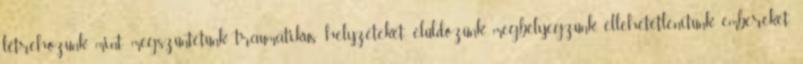
létrehozunk, mint megszüntetünk traumatikus helyzeteket, elüldözünk, megbélyegzünk, ellehetetlenítünk embereket.